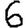
Digit: 6